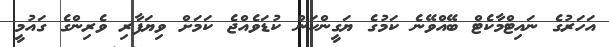
އަހަރުގެ ނައިޓްމާކެޓް ބޭއްވޭނެ ކަމުގެ ޔަގީންކަން ކުޑަވެއްޖެ ކަމަށް ވިޔަފާރި ވެރިންގެ ގައުމީ